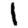
Digit: 1